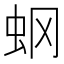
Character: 𧈿